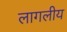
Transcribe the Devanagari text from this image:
लागलीय